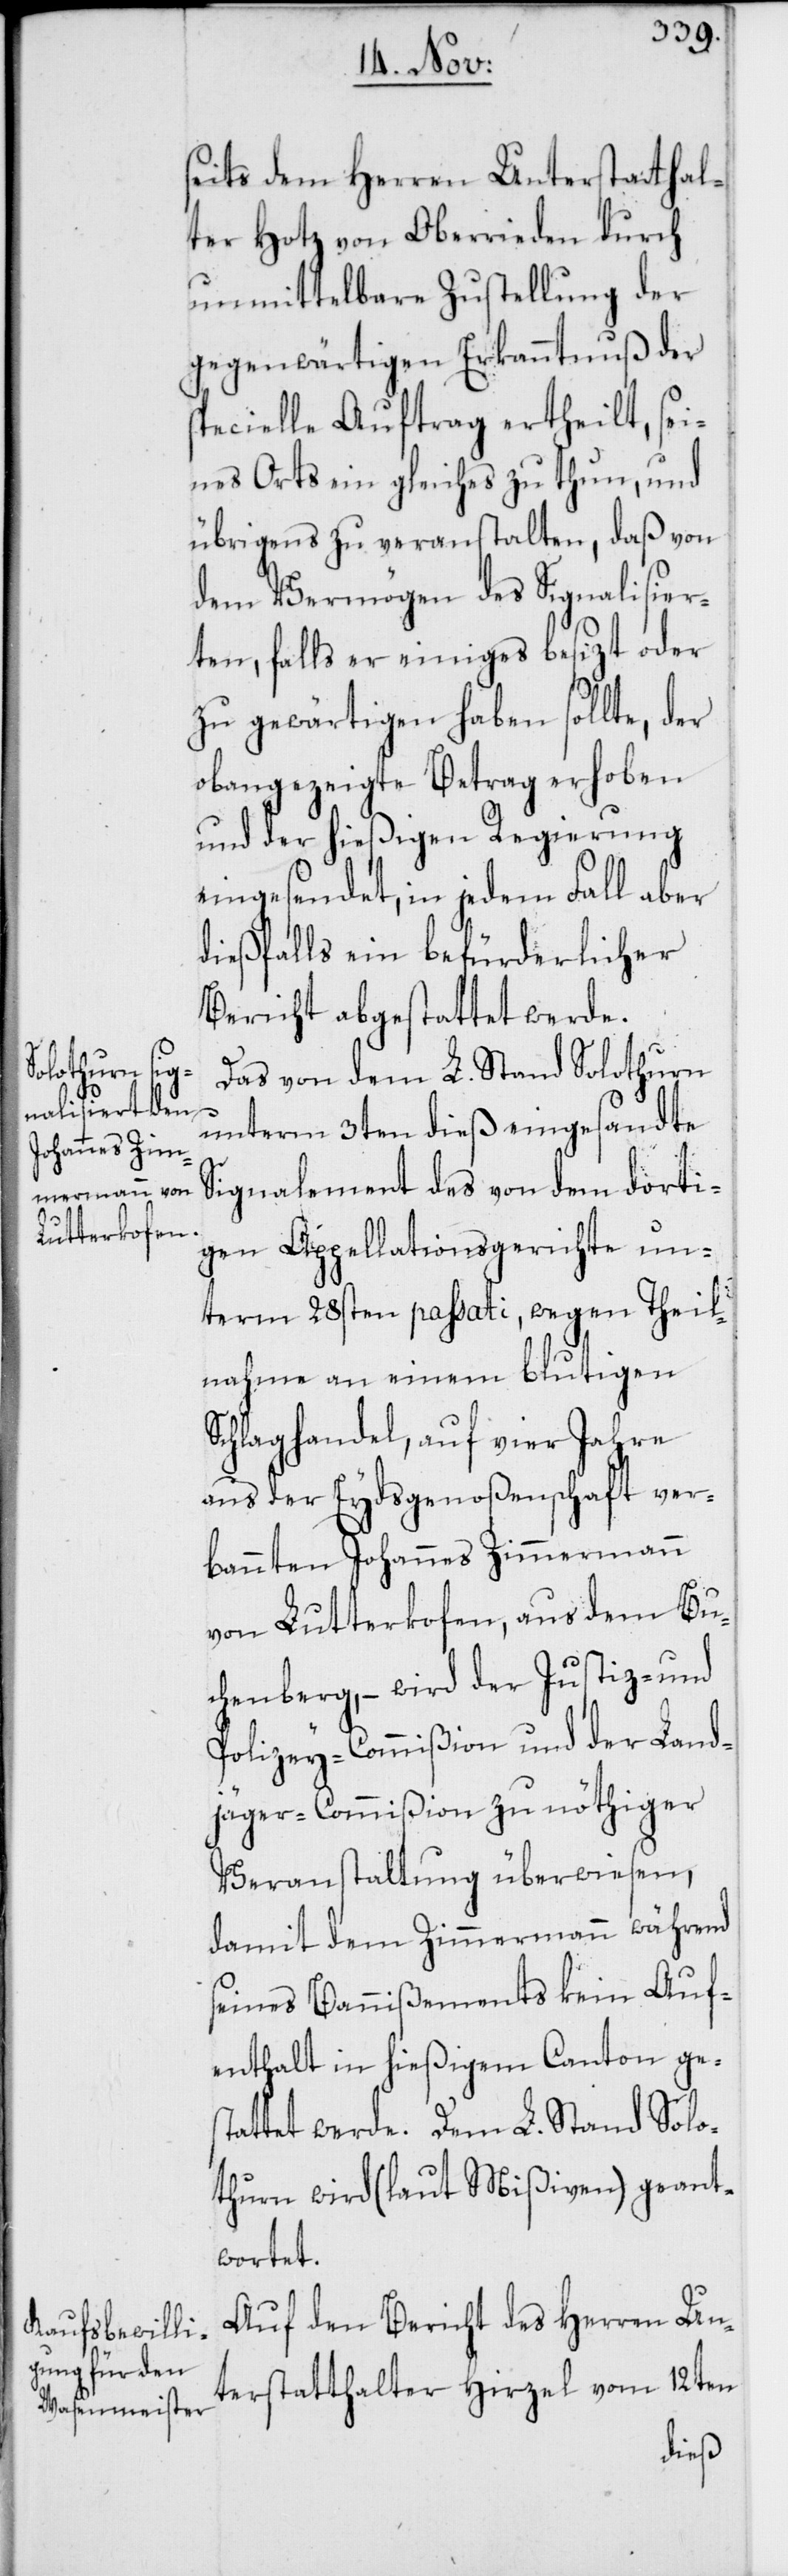
seits dem Herren Unterstatthal¬
ter Hotz von Oberrieden durch
unmittelbare Zustellung der
gegenwärtigen Erkanntnuß der
specielle Auftrag ertheilt, sei¬
nes Orts ein gleiches zu thun, und
übrigens zu veranstalten, daß von
dem Vermögen des Signalisier¬
ten, falls er einiges besizt oder
zu gewärtigen haben sollte, der
obangezeigte Betrag erhoben
und der hießigen Regierung
eingesendet, in jedem Fall aber
dießfalls ein befürderlicher
Bericht abgestattet werde.
Das von dem L. Stand Solothurn
unterm 3ten dieß eingesandte
Signalement des von dem dorti¬
gen Appellationsgerichte un¬
term 28sten passati, wegen Theil¬
nahme an einem blutigen
Schlaghandel, auf vier Jahre
aus der Eydsgenoßenschaft ver¬
bannten Johannes Zimmermann
von Lutterkofen, aus dem Bu¬
chenberg, – wird der Justiz- und
Polizey-Commißion und der Land¬
jäger-Commißion zu nöthiger
Veranstaltung überwiesen,
damit dem Zimmermann während
seines Bannißements kein Auf¬
enthalt in hießigem Canton ges¬
tattet werde. Dem L. Stand Solo¬
thurn wird (laut Mißiven) geant¬
wortet.
Auf den Bericht des Herren Un¬
terstatthalter Hirzel vom 12ten